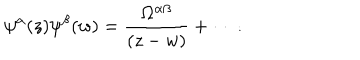
\psi ^ { \alpha } ( z ) \psi ^ { \beta } ( w ) = \frac { \Omega ^ { \alpha \beta } } { ( z - w ) } + \cdots .